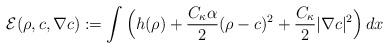
\begin{align*}\mathcal{E}(\rho,c,\nabla c):= \int\Big( h(\rho) + \frac{C_\kappa \alpha}{2} (\rho - c )^2 + \frac{C_\kappa}{2}|\nabla c|^2\Big)\, dx\end{align*}